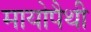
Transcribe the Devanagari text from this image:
मायोपैथी